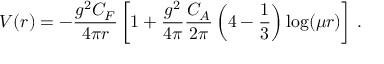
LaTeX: V ( r ) = - \frac { g ^ { 2 } C _ { F } } { 4 \pi r } \left[ 1 + \frac { g ^ { 2 } } { 4 \pi } \frac { C _ { A } } { 2 \pi } \left( 4 - \frac 1 3 \right) \log ( \mu r ) \right] \, .